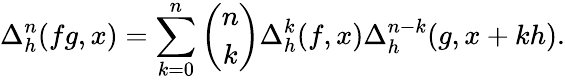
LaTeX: \Delta_{h}^{n}(fg,x)=\sum_{k=0}^{n}{\binom{n}{k}}\Delta_{h}^{k}(f,x)\Delta_{h}^{n-k}(g,x+kh).